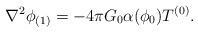
\begin{align*} \nabla^2\phi_{(1)}= -4\pi G_0 \alpha(\phi_0)T^{(0)}.\end{align*}